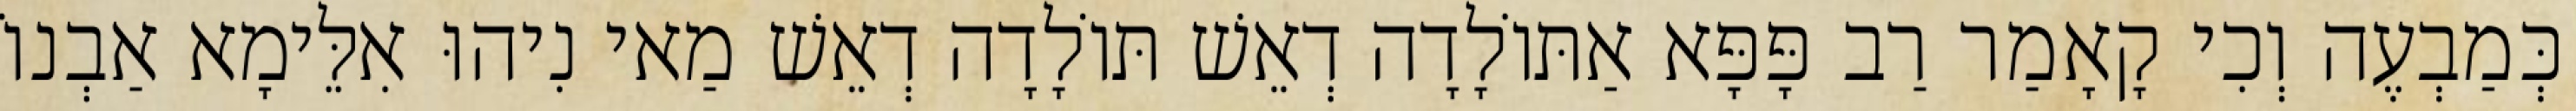
כְּמַבְעֶה וְכִי קָאָמַר רַב פָּפָּא אַתּוֹלָדָה דְאֵשׁ תּוֹלָדָה דְאֵשׁ מַאי נִיהוּ אִלֵּימָא אַבְנוֹ